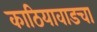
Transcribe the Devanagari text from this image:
काठियावाडचा